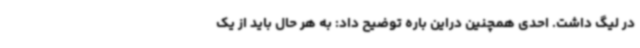
در لیگ داشت. احدی همچنین دراین باره توضیح داد: به هر حال باید از یک